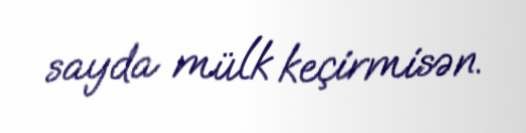
sayda mülk keçirmisən.